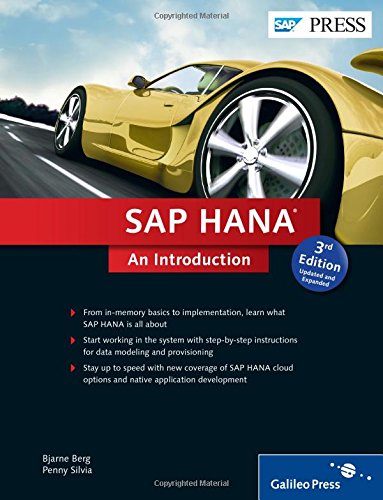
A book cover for SAP HANA: An Introduction (3rd Edition); Bjarne Berg; Business & Money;